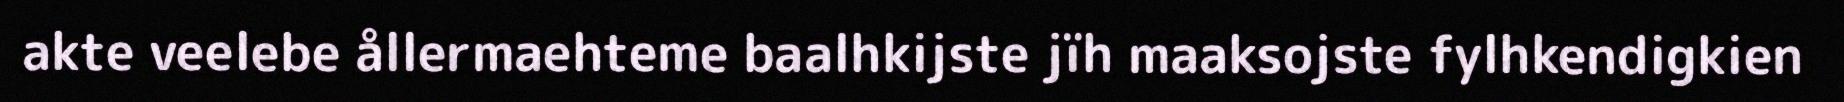
akte veelebe ållermaehteme baalhkijste jïh maaksojste fylhkendigkien